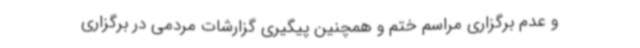
و عدم برگزاری مراسم ختم و همچنین پیگیری گزارشات مردمی در برگزاری